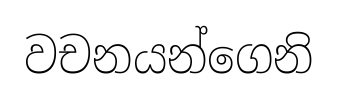
වචනයන්ගෙනි